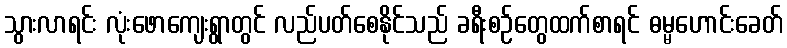
သွားလာရင်း လုံးဖောကျေးရွာတွင် လည်ပတ်စေနိုင်သည် ခရီးစဉ်တွေထက်စာရင် ဓမ္မဟောင်းခေတ်